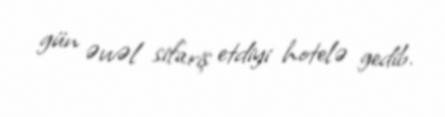
gün əvvəl sifariş etdiyi hotelə gedib.